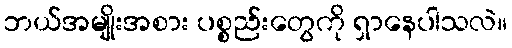
ဘယ်အမျိုးအစား ပစ္စည်းတွေကို ရှာနေပါသလဲ။